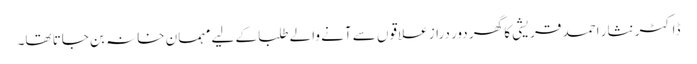
ڈاکٹر نثار احمد قریشی کا گھر دور دراز علاقوں سے آنے والے طلبا کے لیے مہمان خانہ بن جاتا تھا۔